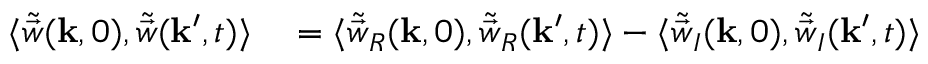
\begin{array} { r l } { \langle \tilde { \vec { w } } ( \mathbf { k } , 0 ) , \tilde { \vec { w } } ( \mathbf { k } ^ { \prime } , t ) \rangle } & { { } = \langle \tilde { \vec { w } } _ { R } ( \mathbf { k } , 0 ) , \tilde { \vec { w } } _ { R } ( \mathbf { k } ^ { \prime } , t ) \rangle - \langle \tilde { \vec { w } } _ { I } ( \mathbf { k } , 0 ) , \tilde { \vec { w } } _ { I } ( \mathbf { k } ^ { \prime } , t ) \rangle } \end{array}